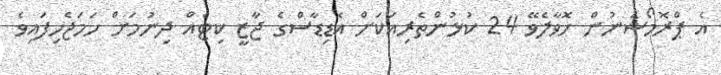
އެ ޕްރޮމޯޝަނުން ހޮވާލެވޭ 24 ކުޅުންތެރިއަކަށް އެޑިޑާސްގެ ޖާޒީ ކިޓެއް ދިނުމަށް ހަމަޖެހިފައިވެ